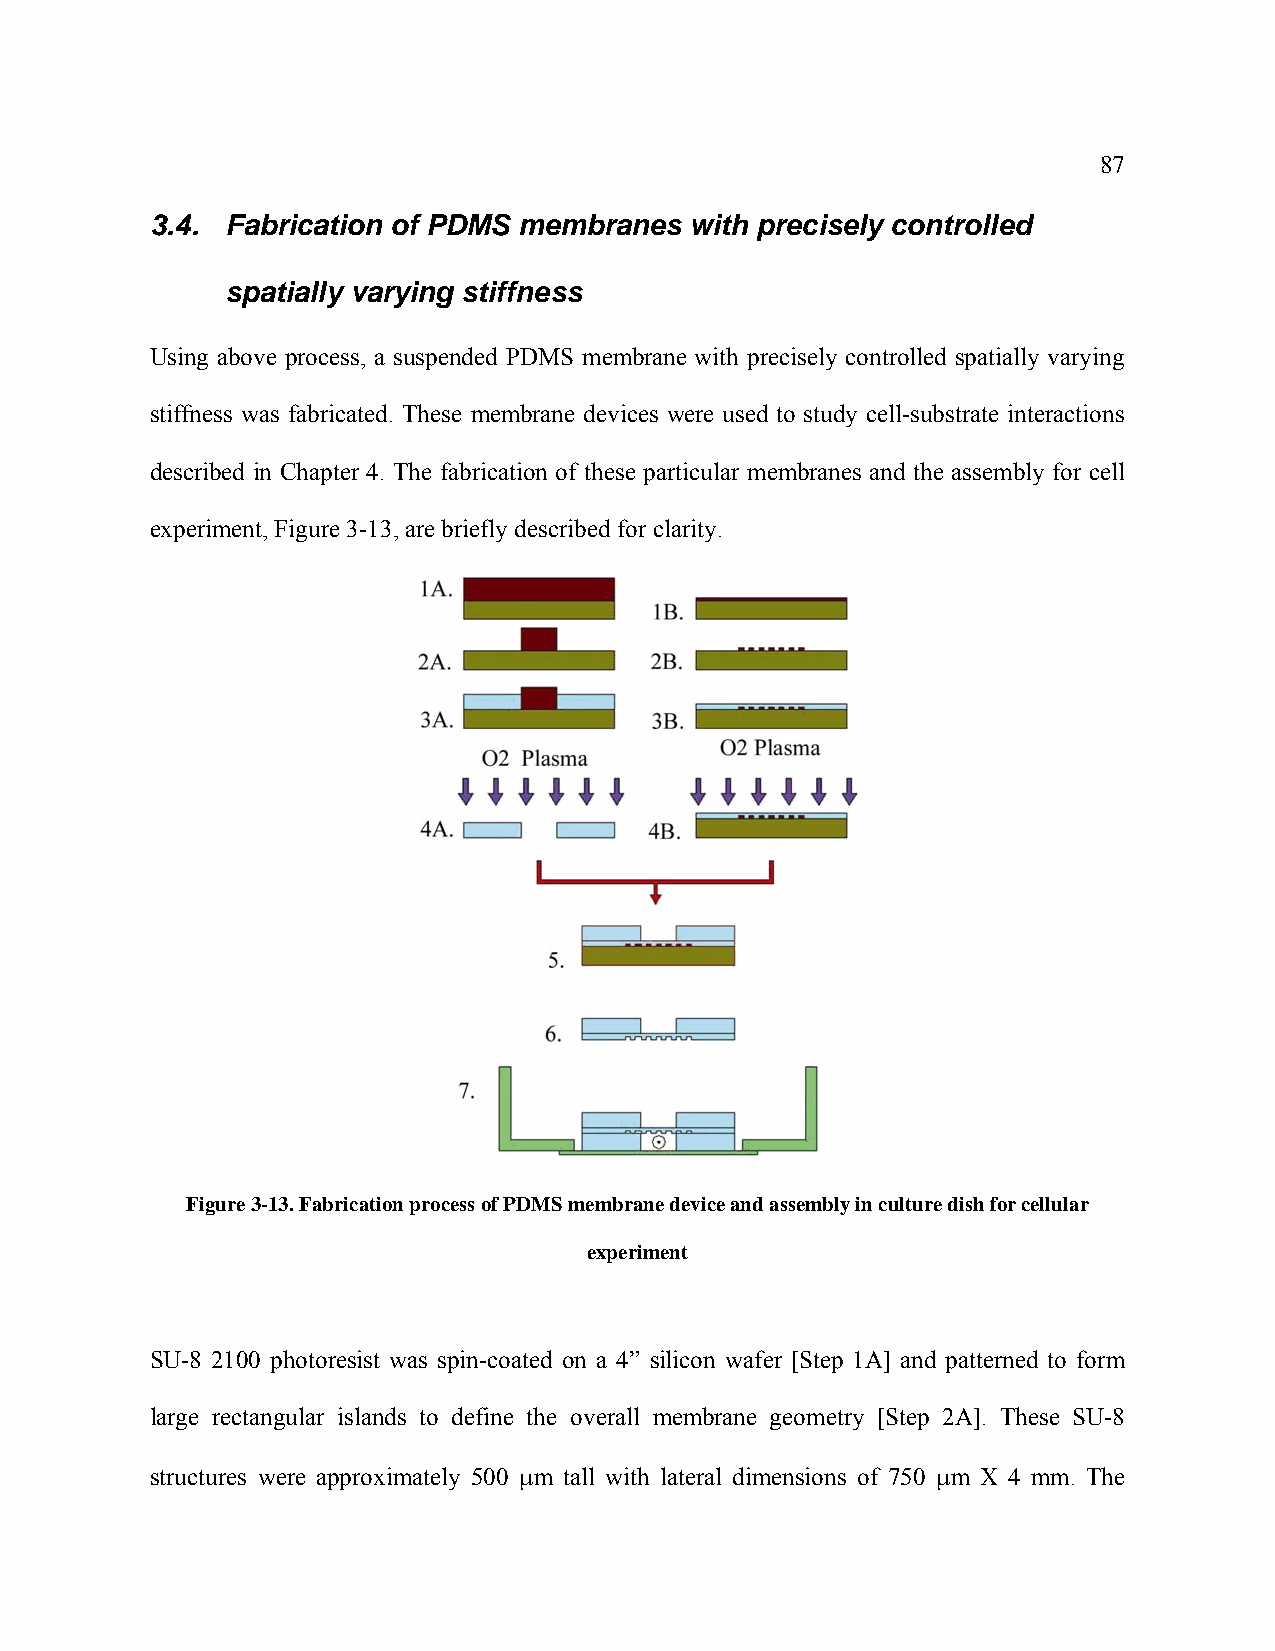
87
 3.4. Fabrication of PDMS membranes  with precisely controlled
 spatially varying stiffness
 Using above process, a suspended PDMS membrane with precisely controlled spatially varying
 stiffness was fabricated. These membrane devices were used to study cell-substrate interactions
 described in Chapter 4. The fabrication of these particular membranes and the assembly for cell
 experiment, Figure 3-13, are briefly described for clarity.
 Figure 3-13. Fabrication process of PDMS membrane device and assembly in culture dish for cellular
 experiment
 SU-8 2100 photoresist was spin-coated on a 4” silicon wafer [Step 1A] and patterned to form
 large rectangular islands to define the overall membrane geometry [Step 2A]. These SU-8
 structures were approximately 500 μm tall with lateral dimensions of 750 μm X 4 mm. The